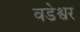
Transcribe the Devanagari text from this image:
वडेश्वर